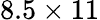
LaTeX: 8.5\times 11